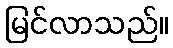
မြင်လာသည်။